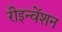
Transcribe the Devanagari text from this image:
रीइन्वेंशन